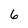
Character: 6